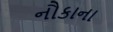
નૌકાના